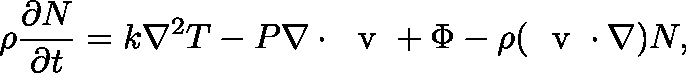
\rho \frac { \partial N } { \partial t } = k \nabla ^ { 2 } T - P \nabla \cdot \mathrm { ~ \boldmath ~ v ~ } + \Phi - \rho ( \mathrm { ~ \boldmath ~ v ~ } \cdot \nabla ) N ,